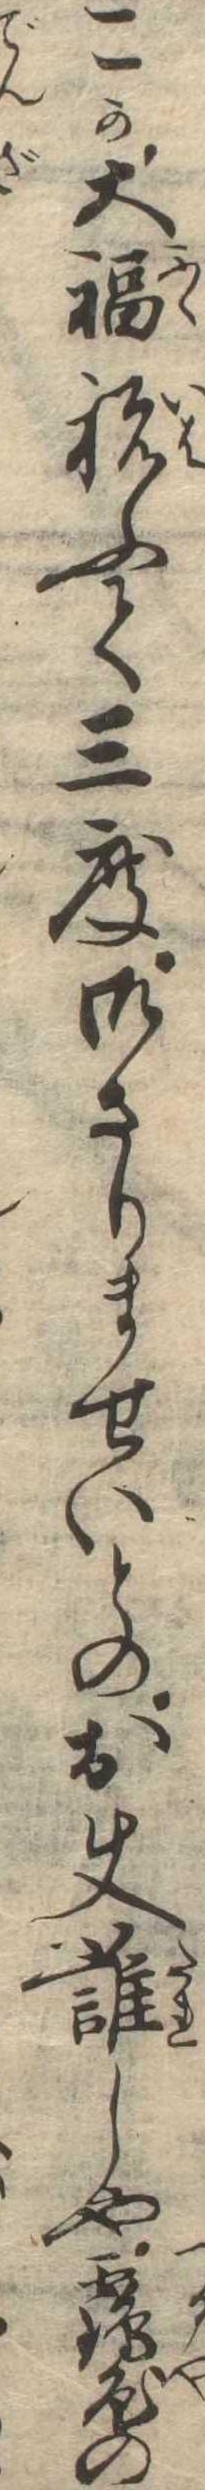
こか大福祝ふて三度御さりませいとのお使誰しや鶴屋の